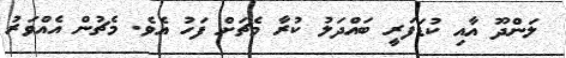
ލަންދޫ އާއި ކުޑަފަރީ ބައްދަލު ކުރާ މެޗަށް ފަހު އެވެ. މެޗުން އެއްވަރު